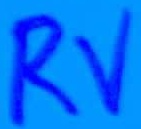
Text: RV